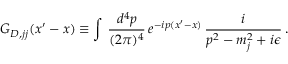
G _ { D , j j } ( x ^ { \prime } - x ) \equiv \int \, \frac { d ^ { 4 } p } { ( 2 \pi ) ^ { 4 } } \, e ^ { - i p ( x ^ { \prime } - x ) } \, \frac { i } { p ^ { 2 } - m _ { j } ^ { 2 } + i \epsilon } \, .